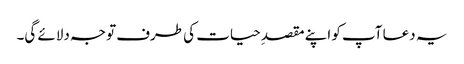
یہ دعا آپ کو اپنے مقصدِ حیات کی طرف توجہ دلائے گی۔